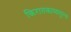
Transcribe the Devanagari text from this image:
किरातकाव्यतुल्य